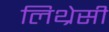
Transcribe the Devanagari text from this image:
लिथ्रेसी